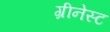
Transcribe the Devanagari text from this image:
ग्रीनेस्ट